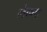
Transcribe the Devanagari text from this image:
लेकप